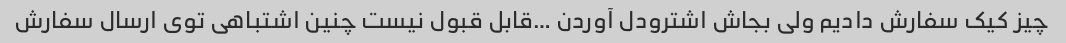
چیز کیک سفارش دادیم ولی بجاش اشترودل آوردن …قابل قبول نیست چنین اشتباهی توی ارسال سفارش